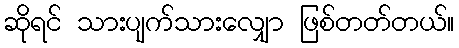
ဆိုရင် သားပျက်သားလျှော ဖြစ်တတ်တယ်။